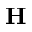
\mathbf { H }